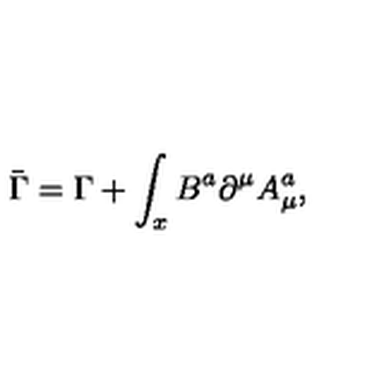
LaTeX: \bar { \Gamma } = \Gamma + \displaystyle \int _ { x } B ^ { a } { \partial } ^ { \mu } A _ { \mu } ^ { a } ,